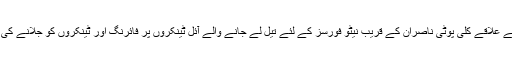
2010ء) نا معلوم مسلح ٰافراد کی کچلاک کے علاقے کلی پوٹی ناصران کے قریب نیٹو فورسز کے لئے تیل لے جانے والے آئل ٹینکروں پر فائرنگ اور ٹینکروں کو جلانے کی کوشش ٹینکر کا کیبن جل کر خاکستر ہوگیا۔